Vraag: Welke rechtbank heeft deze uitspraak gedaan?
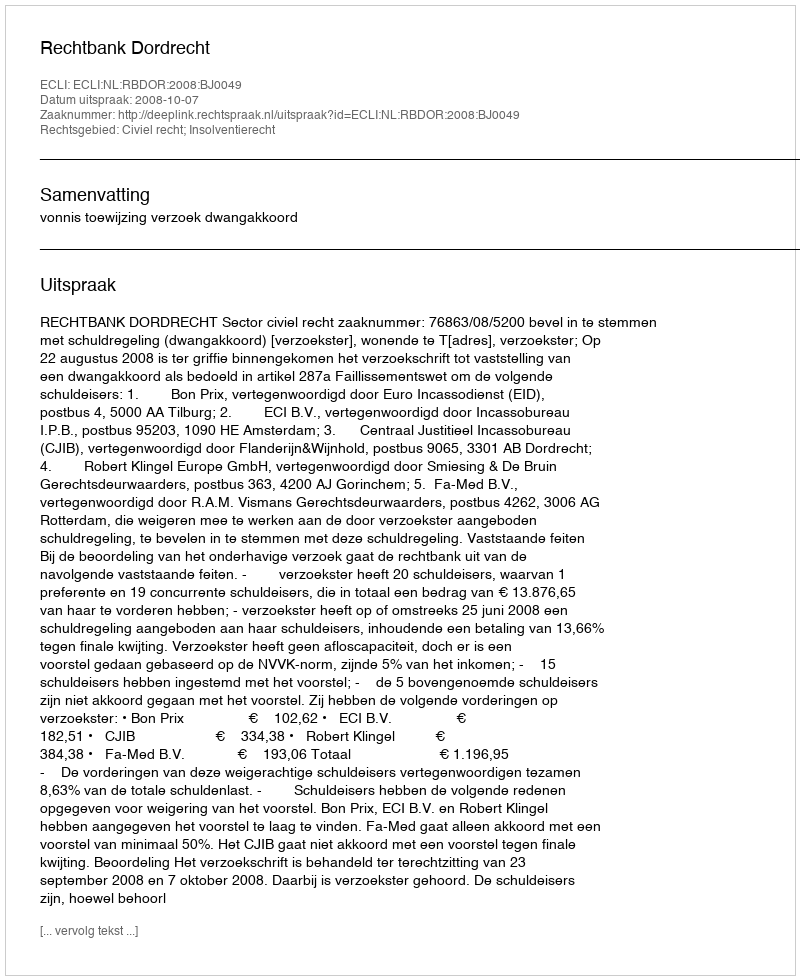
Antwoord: Rechtbank Dordrecht